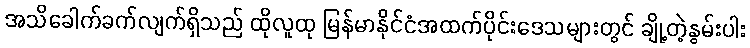
အသိခေါက်ခက်လျက်ရှိသည် ထိုလူထု မြန်မာနိုင်ငံအထက်ပိုင်းဒေသများတွင် ချို့တဲ့နွမ်းပါး